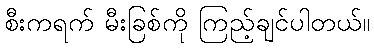
စီးကရက် မီးခြစ်ကို ကြည့်ချင်ပါတယ်။